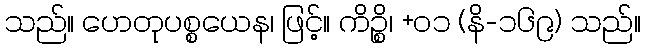
သည်။ ဟေတုပစ္စယေန၊ ဖြင့်။ ကိဉ္စိ၊ +၀၁ (နိ-၁၆၉) သည်။